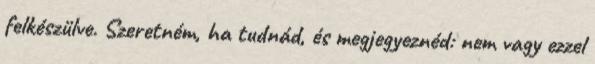
felkészülve. Szeretném, ha tudnád, és megjegyeznéd: nem vagy ezzel